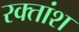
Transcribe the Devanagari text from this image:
रक्‍तांश